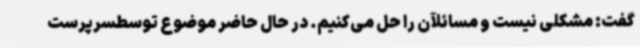
گفت: مشکلی نیست و مسائلآن را حل می‌کنیم. در حال حاضر موضوع توسطسرپرست